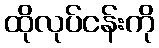
ထိုလုပ်ငန်းကို